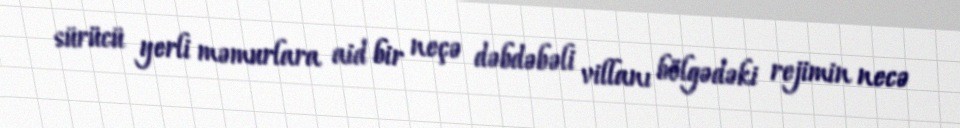
sürücü yerli məmurlara aid bir neçə dəbdəbəli villanı bölgədəki rejimin necə